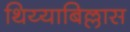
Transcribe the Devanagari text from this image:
थिय्याबिल्लास